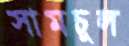
সামচুল